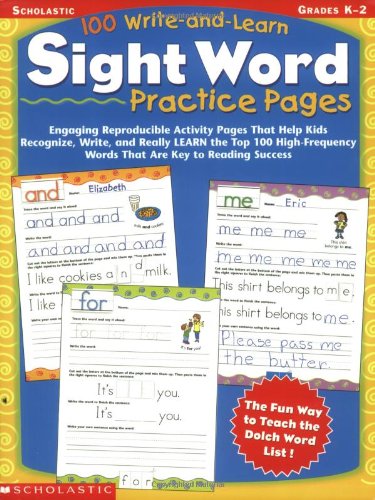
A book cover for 100 Write-and-Learn Sight Word Practice Pages: Engaging Reproducible Activity Pages That Help Kids Recognize, Write, and Really LEARN the Top 100 High-Frequency Words That are Key to Reading Success; Scholastic Teaching Resources; Education & Teaching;